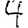
Digit: 4